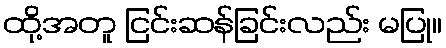
ထို့အတူ ငြင်းဆန်ခြင်းလည်း မပြု။